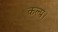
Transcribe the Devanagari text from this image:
कल्प।